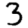
Digit: 3